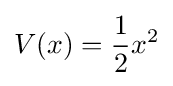
V(x)={\frac {1}{2}}x^{2}